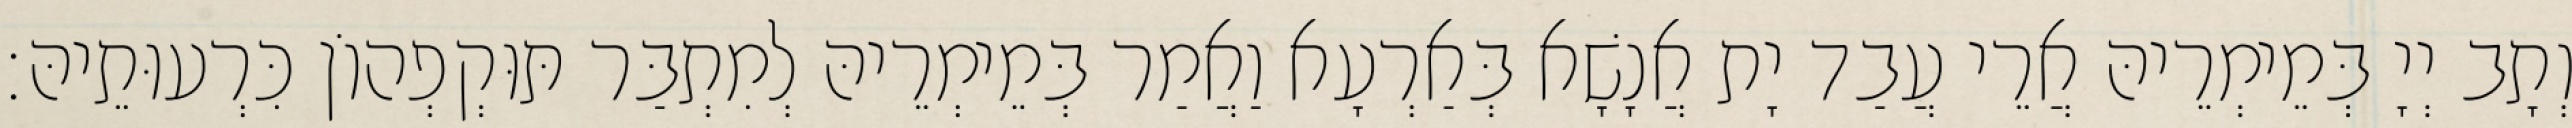
וְתָב יְיָ בְּמֵימְרֵיהּ אֲרֵי עֲבַד יָת אֲנָשָׁא בְּאַרְעָא וַאֲמַר בְּמֵימְרֵיהּ לְמִתְבַּר תּוּקְפְהוֹן כִּרְעוּתֵיהּ׃